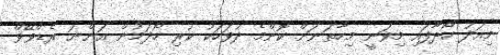
މިއަދު ހޯދާފައި މިވަނީ މިހާތަނަށް ކޮންމެ ދުވަހަކު ކުރި ހޯދަމުން އަންނަ ރެޑްވޭވް